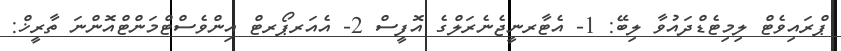
ޕްރައިވެޓް ލިމިޓެޑްދައުވާ ލިބޭ: 1- އެޓާރނީޖެނެރަލްގެ އޮފީސް 2- އެއަރޕޯރޓް އިންވެސްޓްމަންޓްއޮންނަ ތާރީޚް: